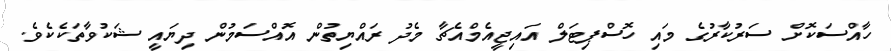
ހާއްސަކޮށް ސަރުކާރުގެ މައި ހޮސްޕިޓަލް އައިޖީއެމްއެޗާ މެދު ރައްޔިތުން އޮައްސަމުން ދިޔައީ ޝަކުވާތަކެކެވެ.